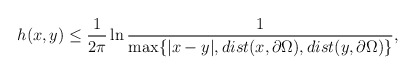
\begin{align*}h(x,y) \leq \frac{1}{2\pi}\ln \frac{1}{\max \{ |x-y|, dist(x,\partial \Omega),dist(y,\partial \Omega) \} },\end{align*}